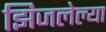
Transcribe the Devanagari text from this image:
झिजलेल्या